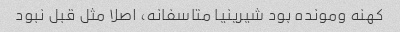
کهنه و‌مونده بود شیرینیا متاسفانه، اصلا مثل قبل نبود